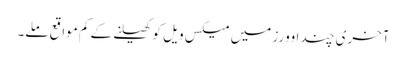
آخری چند اوورز میں میکس ویل کو کھیلنے کے کم مواقع ملے۔